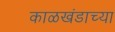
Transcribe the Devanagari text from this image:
काळखंडाच्या